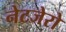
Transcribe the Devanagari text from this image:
नेटजेरो